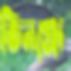
ভিনঞ্জো